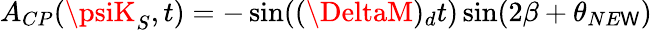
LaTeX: A_{CP}(\psiK_{S},t)=-\sin((\DeltaM)_{d}t)\sin(2\beta+\theta_{NE\mathsf{W}})